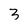
Character: 3